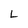
Character: L